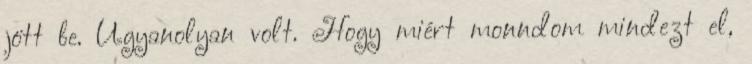
jött be. Ugyanolyan volt. Hogy miért monndom mindezt el,